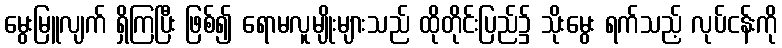
မွေးမြူလျက် ရှိကြပြီး ဖြစ်၍ ရောမလူမျိုးများသည် ထိုတိုင်းပြည်၌ သိုးမွေး ရက်သည့် လုပ်ငန်းကို